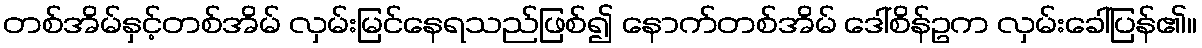
တစ်အိမ်နှင့်တစ်အိမ် လှမ်းမြင်နေရသည်ဖြစ်၍ နောက်တစ်အိမ် ဒေါ်စိန်ဥက လှမ်းခေါ်ပြန်၏။